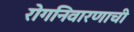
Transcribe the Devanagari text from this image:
रोगनिवारणाची